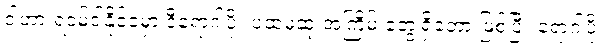
ဒါဟာ ရဝမ်ဒါနိုင်ငံမှာ ဒီရောဂါပိုး ပထမဆုံးအကြိမ် တွေ့ရှိခဲ့တာ ဖြစ်ပြီး ရောဂါပိုး